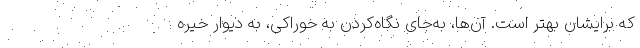
که برایشان بهتر است. آن‌ها، به‌جای نگاه‌کردن به خوراکی، به دیوار خیره